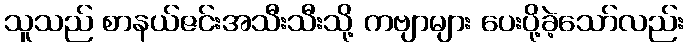
သူသည် စာနယ်ဇင်းအသီးသီးသို့ ကဗျာများ ပေးပို့ခဲ့သော်လည်း